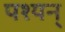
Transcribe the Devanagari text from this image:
पश्यन्‌